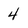
Character: 4